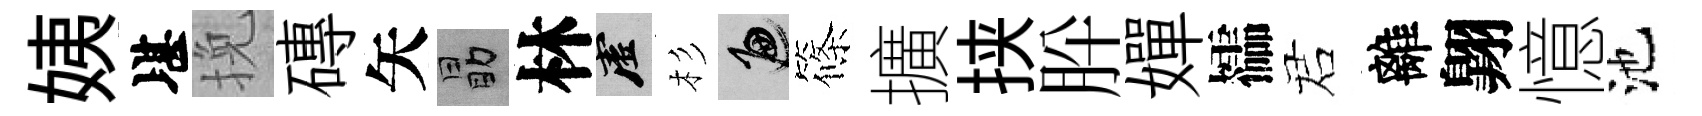
姨堪挽磚矢勗林虚杉遍篠擴挟肸嬋櫺诺離翺憶池